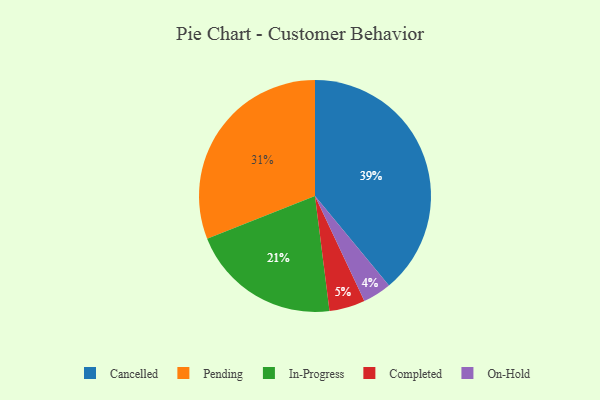
{"axis": {"x": "Category", "y": "Percentage"}, "legend": ["Cancelled", "Completed", "In-Progress", "On-Hold", "Pending"], "data": [{"x": "Cancelled", "y": 39, "type": "Cancelled"}, {"x": "In-Progress", "y": 21, "type": "In-Progress"}, {"x": "On-Hold", "y": 4, "type": "On-Hold"}, {"x": "Pending", "y": 31, "type": "Pending"}, {"x": "Completed", "y": 5, "type": "Completed"}]}